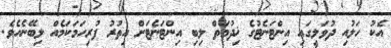
އެކު ހަލުއި ދުވަލީގައި އިންޓަނެޓުގެ ޚިދުމަތް ލިބި އިންޓަނެޓަށް އިތުރު ފުރިހަމަކަމެއް ލިބޭނެއެވެ.